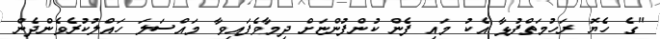
"ގެ ހެޔޮ ރަހުމަތްފުޅާ އެކު މައި ފެން ކުންފުންޏަށް ދިމާވެފައިވާ މައްސަލަ ހައްލުކުރެވެންދެން